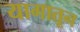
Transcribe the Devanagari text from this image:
यागातून